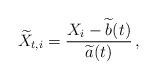
LaTeX: \begin{align*}\widetilde X_{t,i}=\frac{X_i-\widetilde{b}(t)}{\widetilde{a}(t)}\,,\end{align*}